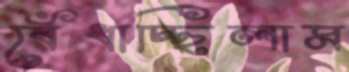
বেঁধাচ্ছিলাম